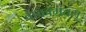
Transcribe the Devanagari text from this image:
वाकामतसू